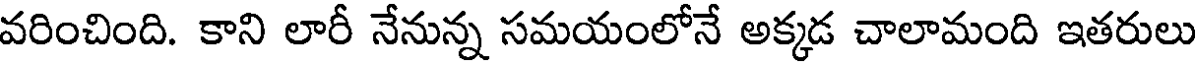
వరించింది. కాని లారీ నేనున్న సమయంలోనే అక్కడ చాలామంది ఇతరులు